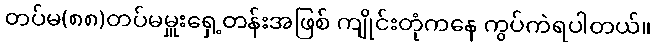
တပ်မ(၈၈)တပ်မမှူးရှေ့တန်းအဖြစ် ကျိုင်းတုံကနေ ကွပ်ကဲရပါတယ်။